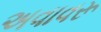
અવાવરૂ